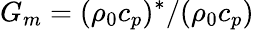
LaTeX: G_{m}=(\rho_{0}c_{p})^{*}/(\rho_{0}c_{p})